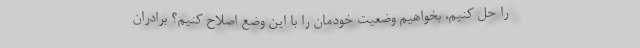
را حل کنیم، بخواهیم وضعیت خودمان را با این وضع اصلاح کنیم؟ برادران